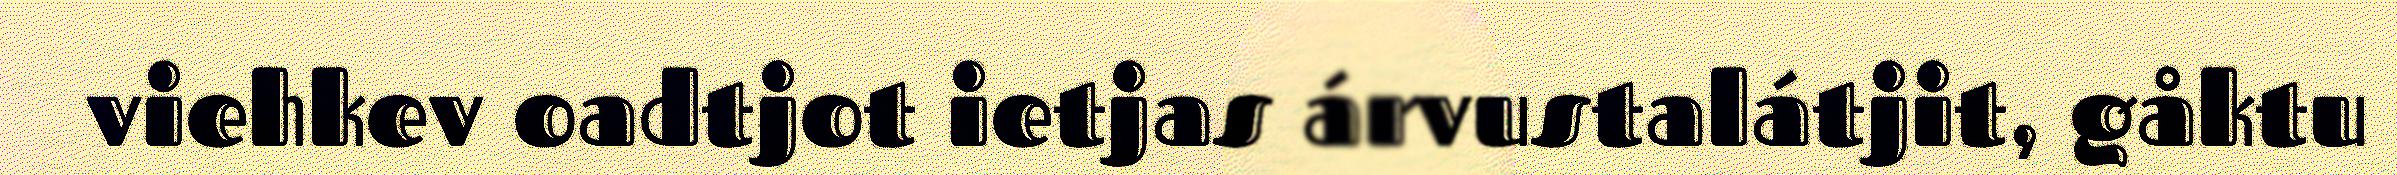
viehkev oadtjot ietjas árvustalátjit, gåktu